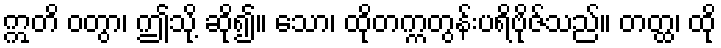
ဣတိ ဝတွာ၊ ဤသို့ ဆို၍။ သော၊ ထိုတက္ကတွန်းပရိဗိုဇ်သည်။ တတ္ထ၊ ထို